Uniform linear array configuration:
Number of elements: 32
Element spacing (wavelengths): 0.5
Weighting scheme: kaiser
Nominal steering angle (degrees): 0
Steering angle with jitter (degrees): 0.839
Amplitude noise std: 0.05
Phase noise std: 0.05

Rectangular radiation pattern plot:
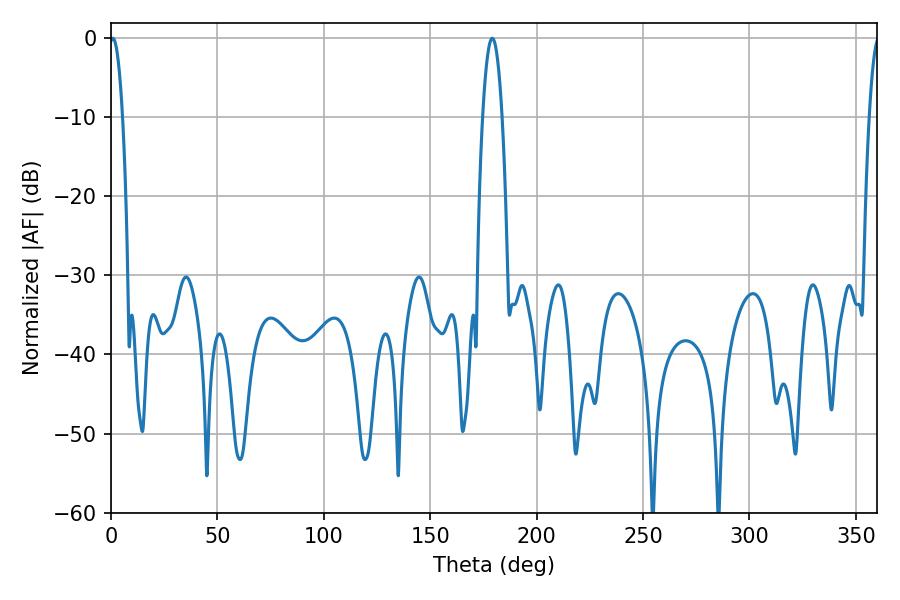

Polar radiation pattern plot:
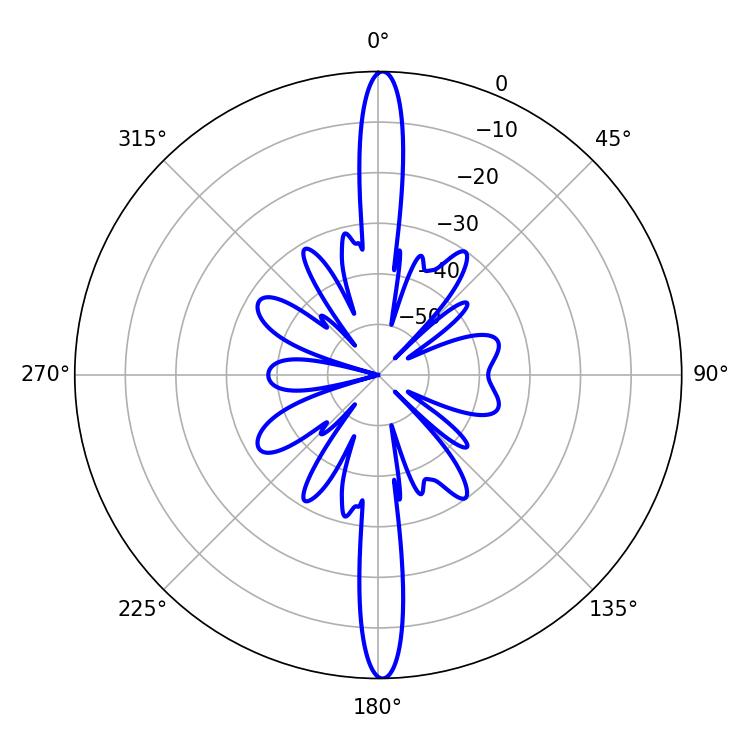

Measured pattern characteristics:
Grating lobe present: FALSE
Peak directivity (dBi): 28.627
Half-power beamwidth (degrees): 3.42
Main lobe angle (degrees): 0.9